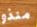
منذو